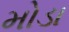
મોડા